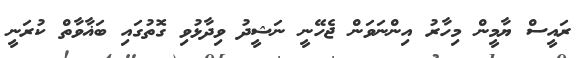
ރައީސް ޔާމީން މިހާރު އިންނަވަން ޖެހޭނީ ނަޝީދު ވިދާޅުވި ގޮތުގައި ބަޣާވާތް ކުރަނީ